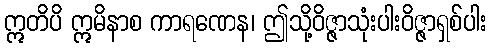
ဣတိပိ ဣမိနာစ ကာရဏေန၊ ဤသို့ဝိဇ္ဇာသုံးပါးဝိဇ္ဇာရှစ်ပါး